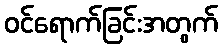
ဝင်ရောက်ခြင်းအတွက်